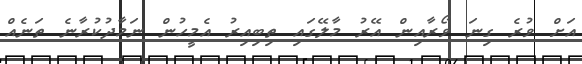
އަށް ވުރެ ގިނަ ވޯރާއިން އޭރު މާލޭގައި ތިބިއިރު އެމީހުން ނަމާދުކުރާނެ ތަނެއް